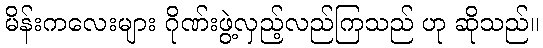
မိန်းကလေးများ ဂိုဏ်းဖွဲ့လှည့်လည်ကြသည် ဟု ဆိုသည်။